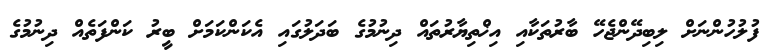
ފުލުހުންނަށް ލިބިދޭންޖެހޭ ބާރުތަކާއި އިޚްތިޔާރުތައް ދިނުމުގެ ބަދަލުގައި އެކަންކަމަށް ބީރު ކަންފަތެއް ދިނުމުގެ